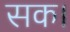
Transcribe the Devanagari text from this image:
सक।